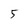
Character: 5